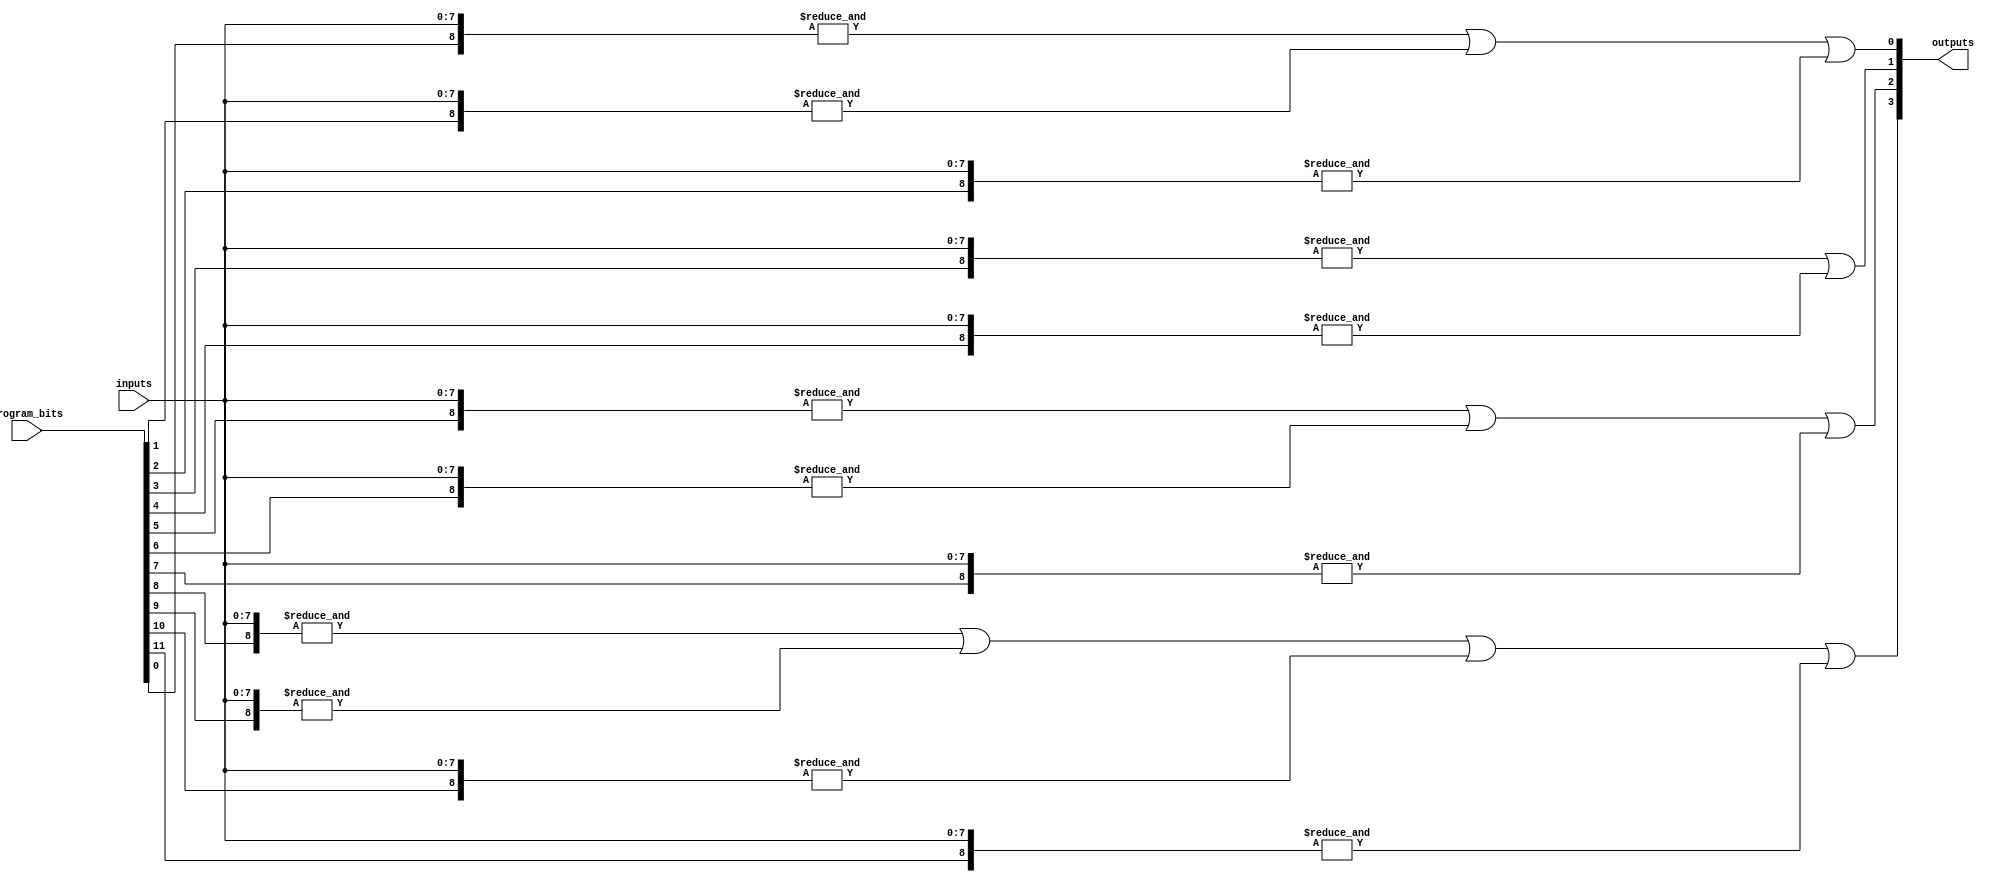
module FlashProgrammablePAL (
    input wire [N-1:0] inputs,         // N input lines
    input wire [M-1:0] program_bits,   // M programming bits for AND gates
    output wire [P-1:0] outputs         // P output lines
);

// Parameters
parameter N = 8; // Number of input lines
parameter M = 16; // Number of AND gates
parameter P = 4;  // Number of OR gates

// Internal wires for AND gate outputs
wire [M-1:0] and_outputs;

// Programmable AND array
genvar i;
generate
    for (i = 0; i < M; i = i + 1) begin : and_array
        // Each AND gate is programmed based on program_bits
        assign and_outputs[i] = &({program_bits[i], inputs}); // AND operation
    end
endgenerate

// Fixed OR array
wire [P-1:0] or_outputs;

// Example fixed OR gate connections
assign or_outputs[0] = and_outputs[0] | and_outputs[1] | and_outputs[2];
assign or_outputs[1] = and_outputs[3] | and_outputs[4];
assign or_outputs[2] = and_outputs[5] | and_outputs[6] | and_outputs[7];
assign or_outputs[3] = and_outputs[8] | and_outputs[9] | and_outputs[10] | and_outputs[11];

// Output assignment
assign outputs = or_outputs;

endmodule